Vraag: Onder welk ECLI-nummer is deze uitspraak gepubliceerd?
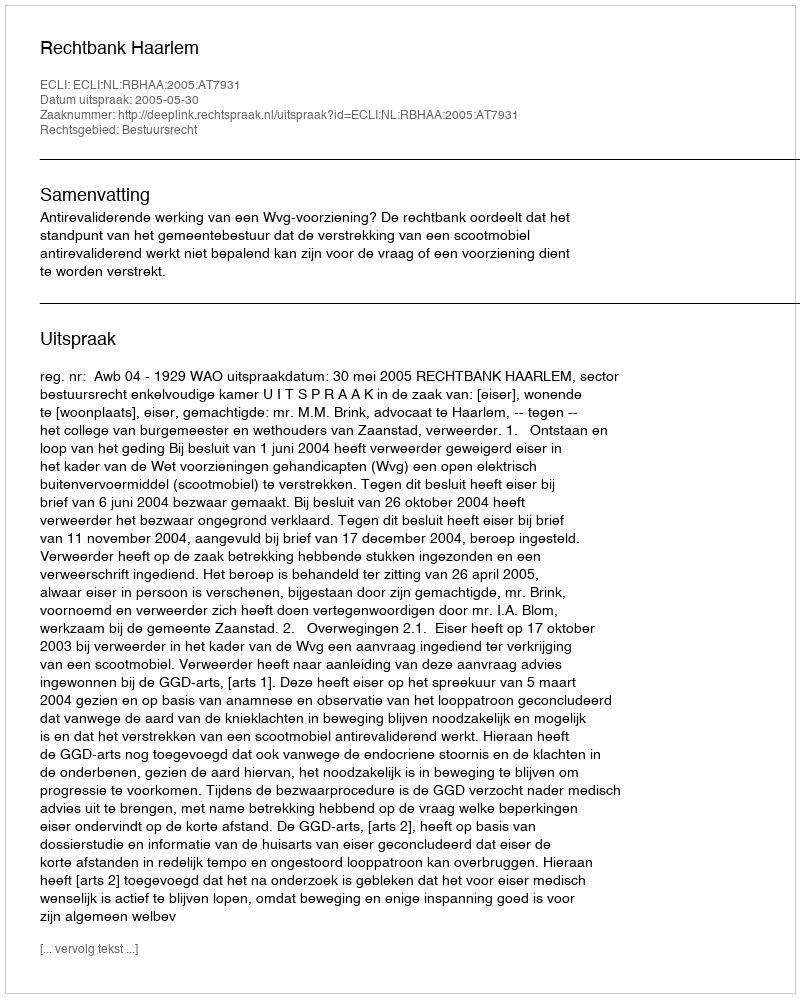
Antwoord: ECLI:NL:RBHAA:2005:AT7931